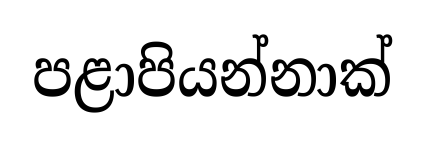
පළාපියන්නාක්